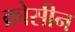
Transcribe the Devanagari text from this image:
क्रोसीन